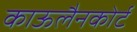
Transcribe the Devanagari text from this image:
काऊलैनकोर्ट